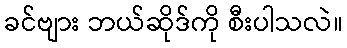
ခင်ဗျား ဘယ်ဆိုဒ်ကို စီးပါသလဲ။